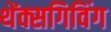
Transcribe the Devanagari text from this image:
थेंक्सगिविंग